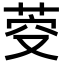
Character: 𮏋